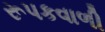
રૂપકવાળી